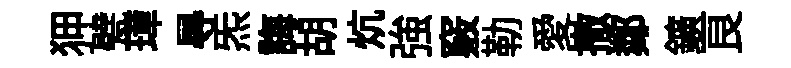
狎甓璋㝵炁誨胡炕強竅勒愛撤鄰鑛良